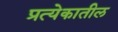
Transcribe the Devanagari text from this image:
प्रत्येकातील